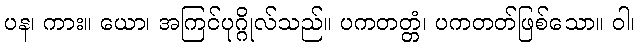
ပန၊ ကား။ ယော၊ အကြင်ပုဂ္ဂိုလ်သည်။ ပကတတ္တံ၊ ပကတတ်ဖြစ်သော။ ဝါ၊